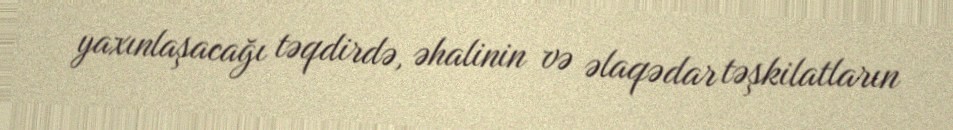
yaxınlaşacağı təqdirdə, əhalinin və əlaqədar təşkilatların